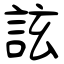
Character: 詃